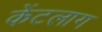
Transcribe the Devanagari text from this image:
केंटलाग